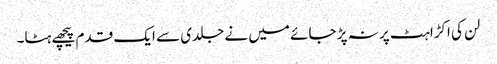
لن کی اکڑاہٹ پر نہ پڑ جائے میں نے جلدی سے ایک قدم پیچھے ہٹا۔